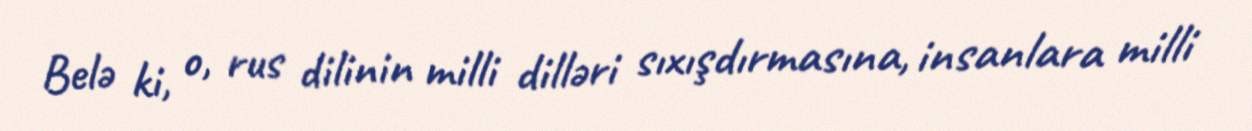
Belə ki, o, rus dilinin milli dilləri sıxışdırmasına, insanlara milli